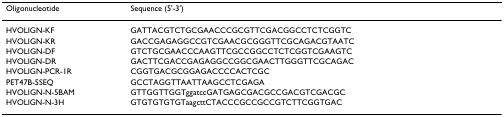
<table><thead><tr><td><b>Oligonucleotide</b></td><td><b>Sequence (5&#x27;-3&#x27;)</b></td></tr></thead><tbody><tr><td>HVOLIGN-KF</td><td>GATTACGTCTGCGAACCCGCGTTCGACGGCCTCTCGGTC</td></tr><tr><td>HVOLIGN-KR</td><td>GACCGAGAGGCCGTCGAACGCGGGTTCGCAGACGTAATC</td></tr><tr><td>HVOLIGN-DF</td><td>GTCTGCGAACCCAAGTTCGCCGGCCTCTCGGTCGAAGTC</td></tr><tr><td>HVOLIGN-DR</td><td>GACTTCGACCGAGAGGCCGGCGAACTTGGGTTCGCAGAC</td></tr><tr><td>HVOLIGN-PCR-1R</td><td>CGGTGACGCGGAGACCCCACTCGC</td></tr><tr><td>PET47B-5SEQ</td><td>GCCTAGGTTAATTAAGCCTCGAGA</td></tr><tr><td>HVOLIGN-N-5BAM</td><td>GTTGGTTGGTggatccGATGAGCGACGCCGACGTCGACGC</td></tr><tr><td>HVOLIGN-N-3H</td><td>GTGTGTGTGTaagcttCTACCCGCCGCCGTCTTCGGTGAC</td></tr></tbody></table>